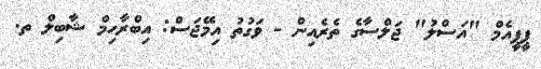
ޕީޕީއެމް "އަސްލު" ޖަލްސާގެ ތެރެއިން - ވަގުތު އިމޭޖަސް: އިބްރާހިމް ޝާބިލް ތ.